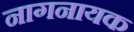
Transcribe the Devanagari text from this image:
नागनायक